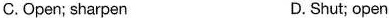
C.Open; sharpen D. Shut; open